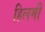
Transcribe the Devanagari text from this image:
हिलमी